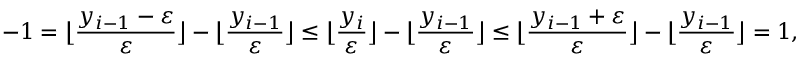
- 1 = \big \lfloor \frac { y _ { i - 1 } - \varepsilon } { \varepsilon } \big \rfloor - \big \lfloor \frac { y _ { i - 1 } } { \varepsilon } \big \rfloor \le \big \lfloor \frac { y _ { i } } { \varepsilon } \big \rfloor - \big \lfloor \frac { y _ { i - 1 } } { \varepsilon } \big \rfloor \le \big \lfloor \frac { y _ { i - 1 } + \varepsilon } { \varepsilon } \big \rfloor - \big \lfloor \frac { y _ { i - 1 } } { \varepsilon } \big \rfloor = 1 ,